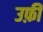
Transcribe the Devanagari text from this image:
उफ़ी